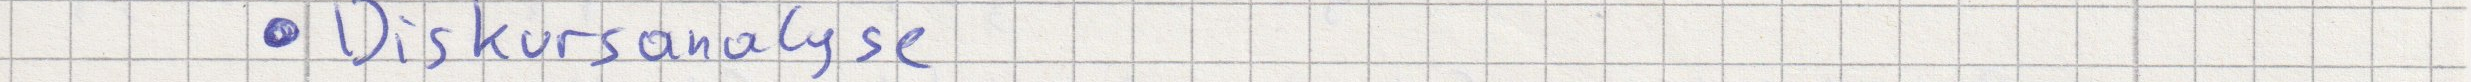
Diskursanalyse